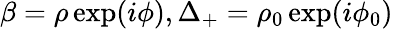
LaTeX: \beta=\rho\exp(i\phi),\Delta_{+}=\rho_{0}\exp(i\phi_{0})